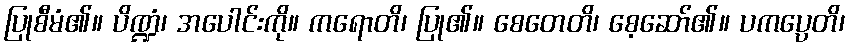
ပြုစီမံ၏။ ပိဏ္ဍံ၊ အပေါင်းကို။ ကရောတိ၊ ပြု၏။ စေတေတိ၊ စေ့ဆော်၏။ ပကပ္ပေတိ၊